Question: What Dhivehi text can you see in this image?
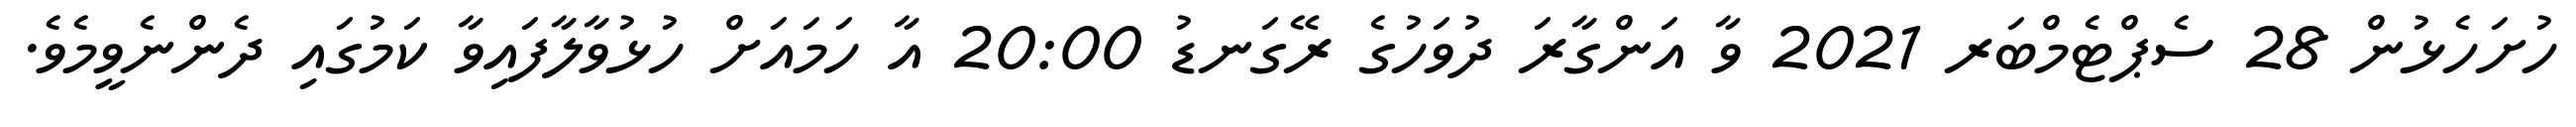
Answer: ހުށަހެޅުން 28 ސެޕްޓެމްބަރ 2021 ވާ އަންގާރަ ދުވަހުގެ ރޭގަނޑު 20:00 އާ ހަމައަށް ހުޅުވާލާފައިވާ ކަމުގައި ދެންނެވީމެވެ.